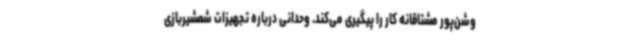
وشن‌پور مشتاقانه کار را پیگیری می‌کند. وحدانی درباره تجهیزات شمشیربازی